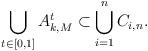
LaTeX: \begin{align*}\bigcup_{t\in[0,1]}A_{k,M}^{t}\subset\bigcup_{i=1}^{n}C_{i,n}.\end{align*}